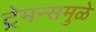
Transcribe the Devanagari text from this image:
ट्रेमन्समुळे